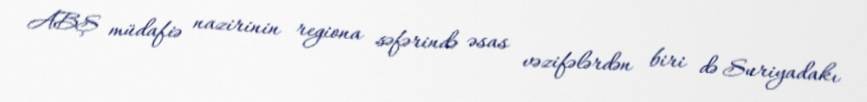
ABŞ müdafiə nazirinin regiona səfərində əsas vəzifələrdən biri də Suriyadakı